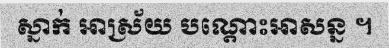
ស្នាក់ អាស្រ័យ បណ្តោះអាសន្ន ។